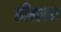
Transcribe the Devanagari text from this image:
तीनवर